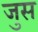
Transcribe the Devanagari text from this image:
जुस